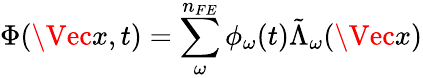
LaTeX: \Phi(\Vec{x},t)=\sum_{\omega}^{n_{FE}}\phi_{\omega}(t)\tilde{\Lambda}_{\omega}(\Vec{x})